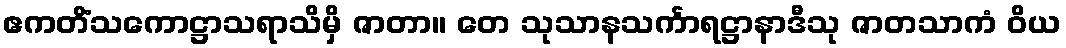
ဧကတိံသကောဋ္ဌာသရာသိမှိ ဇာတာ။ တေ သုသာနသင်္ကာရဋ္ဌာနာဒီသု ဇာတသာကံ ဝိယ